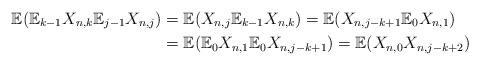
LaTeX: \begin{align*}\mathbb{E}(\mathbb{E}_{k-1}X_{n,k}\mathbb{E}_{j-1}X_{n,j}) & =\mathbb{E}(X_{n,j}\mathbb{E}_{k-1}X_{n,k})=\mathbb{E}(X_{n,j-k+1}\mathbb{E}_{0}X_{n,1})\\& =\mathbb{E}(\mathbb{E}_{0}X_{n,1}\mathbb{E}_{0}X_{n,j-k+1})=\mathbb{E}(X_{n,0}X_{n,j-k+2})\end{align*}